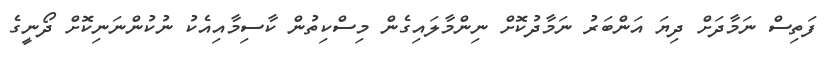
ފަތިސް ނަމާދަށް ދިޔަ އަންބަރު ނަމާދުކޮށް ނިންމާލައިގެން މިސްކިތުން ކާސިމާއިއެކު ނުކުންނަނިކޮށް ދޯނީގެ